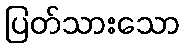
ပြတ်သားသော